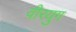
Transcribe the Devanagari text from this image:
वीरयुग